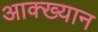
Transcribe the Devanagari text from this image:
आक्ख्यान